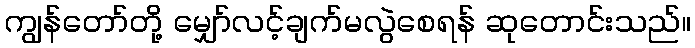
ကျွန်တော်တို့ မျှော်လင့်ချက်မလွဲစေရန် ဆုတောင်းသည်။